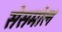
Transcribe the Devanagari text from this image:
सेसमोल